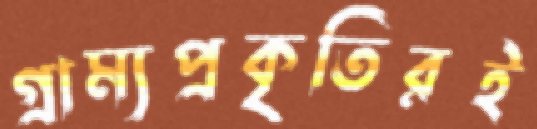
গ্রাম্যপ্রকৃতিরই